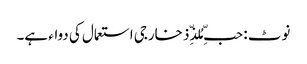
نوٹ : حبِّ مُلذِّذ خارجی استعمال کی دواء ہے۔